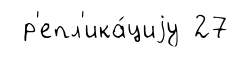
р'епл'ика́циjу 27